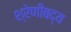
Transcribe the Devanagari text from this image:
श्रेणीबद्य